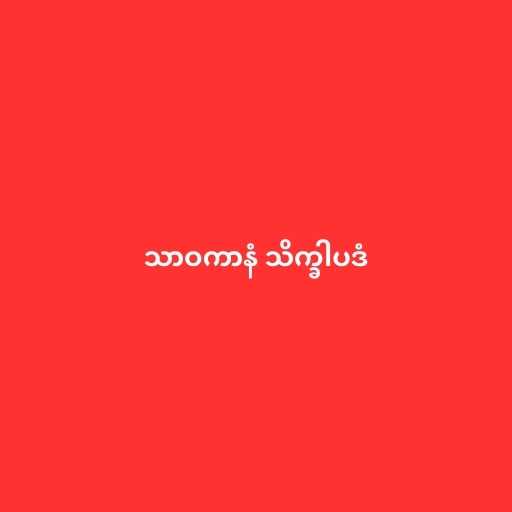
သာဝကာနံ သိက္ခါပဒံ